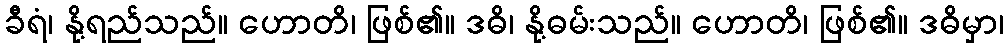
ခီရံ၊ နို့ရည်သည်။ ဟောတိ၊ ဖြစ်၏။ ဒဓိ၊ နို့ဓမ်းသည်။ ဟောတိ၊ ဖြစ်၏။ ဒဓိမှာ၊